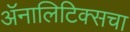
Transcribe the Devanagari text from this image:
ॲनालिटिक्सचा